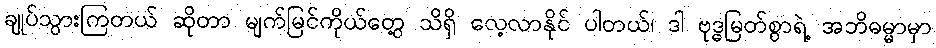
ချုပ်သွားကြတယ် ဆိုတာ မျက်မြင်ကိုယ်တွေ့ သိရှိ လေ့လာနိုင် ပါတယ်၊ ဒါ ဗုဒ္ဓမြတ်စွာရဲ့ အဘိဓမ္မာမှာ